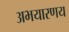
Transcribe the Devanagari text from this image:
अभयारणय